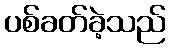
ပစ်ခတ်ခဲ့သည်